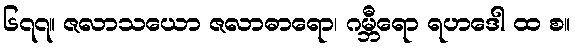
၆၇၇။ ဇလာသယော ဇလာဓာရော၊ ဂမ္ဘီရော ရဟဒေါ ထ စ။